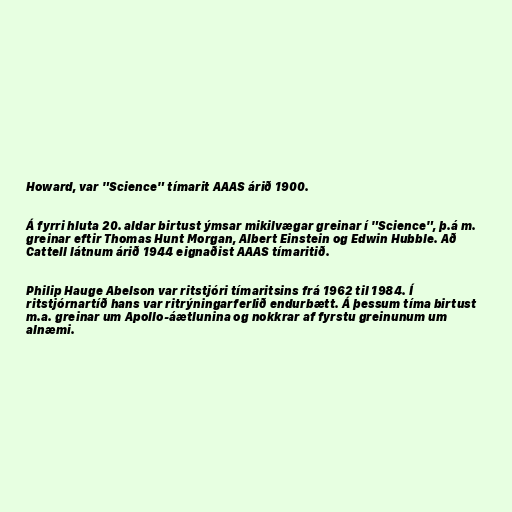
Howard, var "Science" tímarit AAAS árið 1900.

Á fyrri hluta 20. aldar birtust ýmsar mikilvægar greinar í "Science", þ.á m.
greinar eftir Thomas Hunt Morgan, Albert Einstein og Edwin Hubble. Að
Cattell látnum árið 1944 eignaðist AAAS tímaritið.

Philip Hauge Abelson var ritstjóri tímaritsins frá 1962 til 1984. Í
ritstjórnartíð hans var ritrýningarferlið endurbætt. Á þessum tíma birtust
m.a. greinar um Apollo-áætlunina og nokkrar af fyrstu greinunum um
alnæmi.